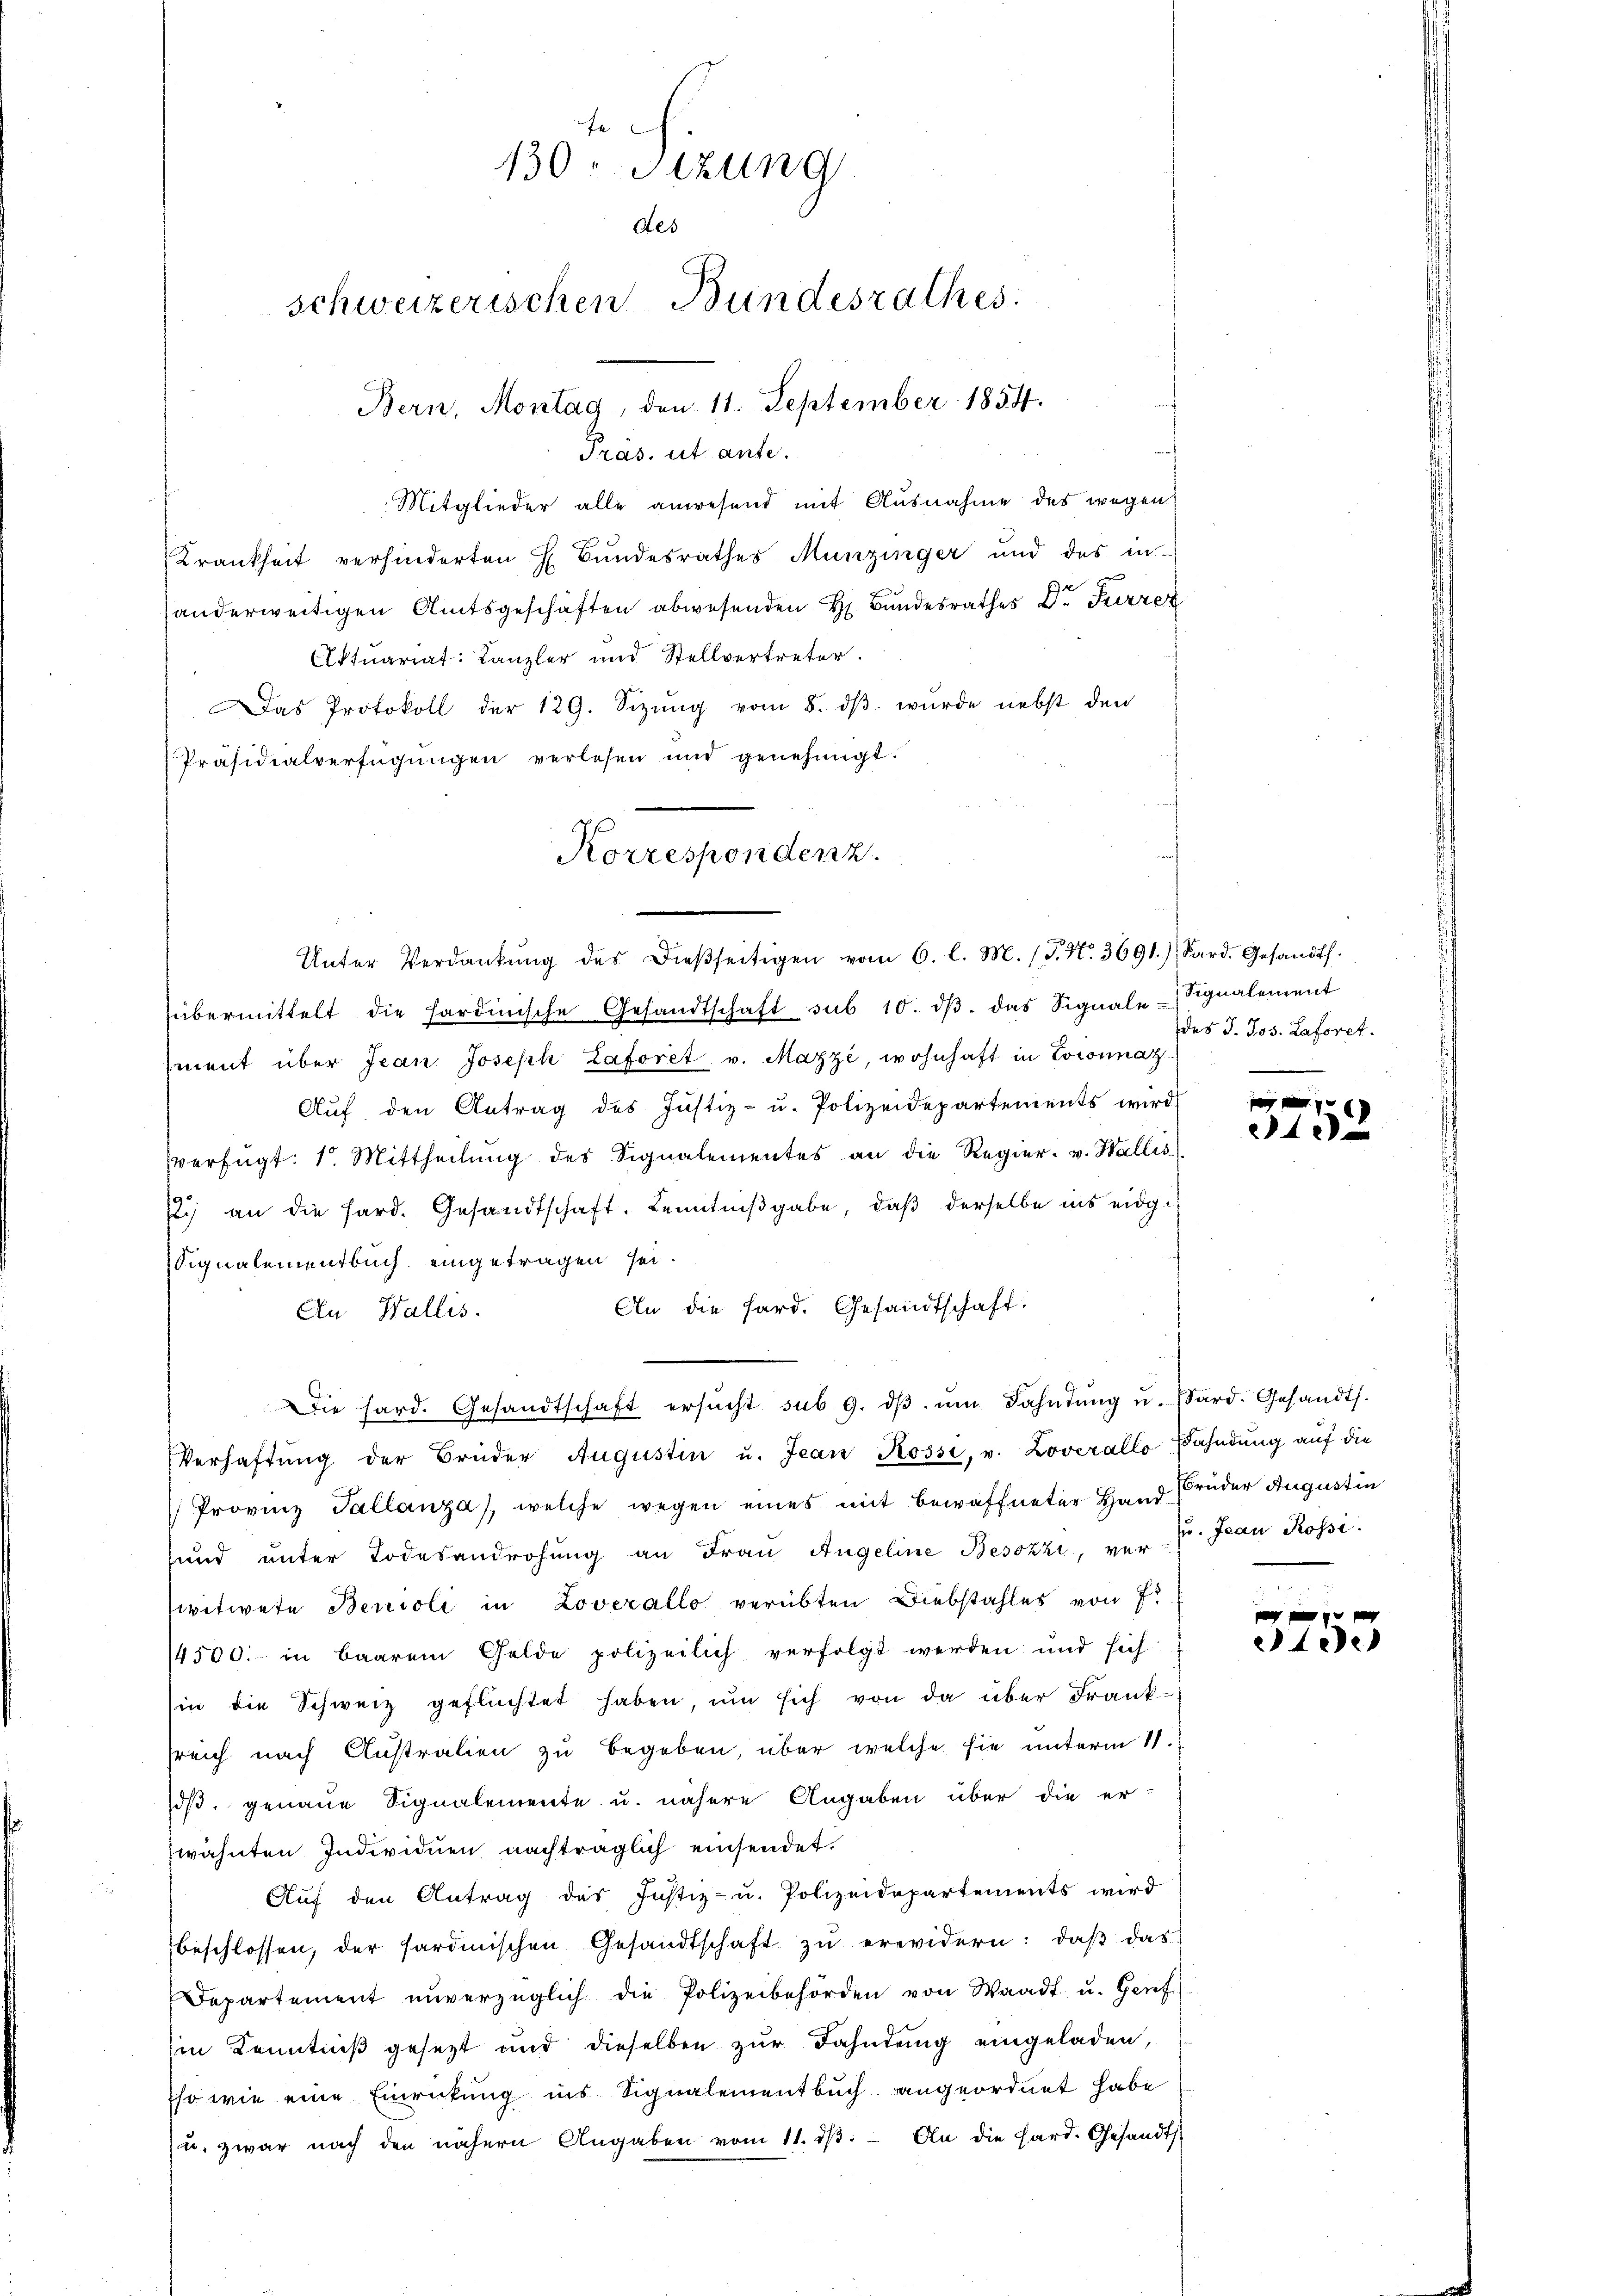
fe
130. Sizung
des
schweizerischen Bundesrathes.
Bern, Montag, den 11. September 1854.

Tras. ut ante.
Mitglieder alle anwesend mit Ausnahme des wegen
Krankheit verhinderten H. Bundesrathes Munzinger und des in
anderweitigen Amtsgeschäften abwesenden H. Bundesrathes Dr. Furrenz
Aktuariat: Kanzler und Stellvertreter.
Das Protokoll der 129. Sitzŭng vom 8. dβ. wurde nebst den
Präsidialverfügungen verlesen und genehmigt:
Unter Verdankŭng des dieβseitigen vom 6. l. M. (T. N. 3691.) Sard. Gesandts
übermittelt die hardinische Gesandtschaft sub 10. dβ das Signale Signalement
ment über Jean Joseph Laforet v. Mazzi, wohnhaft in Loisnnat
Auf den Antrag des Justiz- u. Polizeidepartements wird
verfügt: 1. Mittheilŭng des Signalementes an die Regier. v. Wallis
sli an die Sard. Gesandtschaft. Kenntnißgabe, daß derselbe ins eidg¬
Signalementbuch eingetragen sei.
An die Sard. Gesandtschaft.
An Wallis.
Die hard. Gesandtschaft ersŭcht sub 9. dβ ŭm Fahndŭng u. Sard. Gesandts.
Verhaftung der Brüder Augustin u. Jean Rossi, v. Loverallo Bahndung auf die
Provinz Tallanza, welche wegen eines mit bewaffneter Hand Brüder Augustin
sund unter Todesandrohung an Frau Angeline Besozzi, ver- 7. Jean Rossi
witwete Benioli in Lovezallo verübten Diebstahles von 7
14500. in baarem Gelde polizeilich verfolgt werden und sich
sin die Schweiz geflüchtet haben, ŭm sich von da über Franksreich nach Austration zu begeben, über welche sie unterm 11.
dß, genaue Signalemente u. nähere Angaben über die er-
wähnten Individuen nachträglich einsendet.
Aŭf den Antrag des Justiz- u. Polizeidepartements wird
beschlossen, der Sardinischen Gesandtschaft zŭ erwidern: daβ das
Departement unverzüglich die Polizeibehörden von Waadt u. Genf.
Ein Kenntniß gesezt und dieselben zur Fahndung eingeladen,
so wie eine Einrickung ins Signalementbuch angeordnet habe
u. zwar nach den nähern Angaben vom 11. dβ. An die Hard. Gesandts

Korrespondenz.

des J. Jos. Laforet.

x
e

0 f 0 x
eede